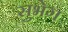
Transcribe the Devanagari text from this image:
सुभेग